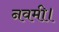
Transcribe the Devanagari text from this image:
नवमी।